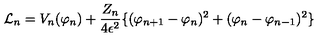
{ \cal L } _ { n } = V _ { n } ( \varphi _ { n } ) + \frac { Z _ { n } } { 4 \epsilon ^ { 2 } } \{ ( \varphi _ { n + 1 } - \varphi _ { n } ) ^ { 2 } + ( \varphi _ { n } - \varphi _ { n - 1 } ) ^ { 2 } \}